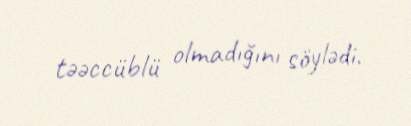
təəccüblü olmadığını söylədi.